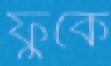
ফুঁকে